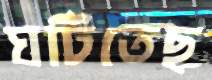
ঘটিতেছ